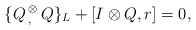
\begin{align*}\{Q\, {}_, ^\otimes \,Q\}_{L}+[I\otimes Q,r]=0,\end{align*}